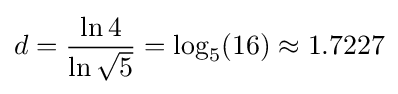
d={\frac {\ln 4}{\ln {\sqrt {5}}}}=\log _{5}(16)\approx 1.7227